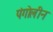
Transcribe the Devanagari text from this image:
पंगोलीन